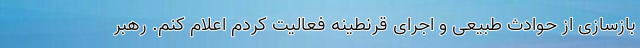
بازسازی از حوادث طبیعی و اجرای قرنطینه فعالیت کردم اعلام کنم. رهبر